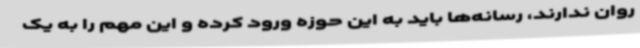
روان ندارند، رسانه‌ها باید به این حوزه ورود کرده و این مهم را به یک